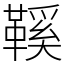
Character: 鞵